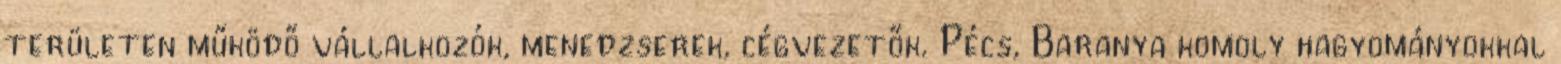
területen működő vállalkozók, menedzserek, cégvezetők. Pécs, Baranya komoly hagyományokkal